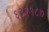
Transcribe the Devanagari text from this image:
६३२१८७